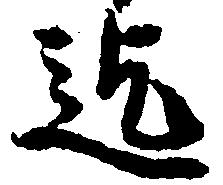
迄